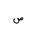
Letter: _sad